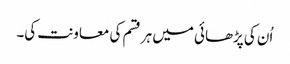
اُن کی پڑھائی میں ہر قسم کی معاونت کی۔